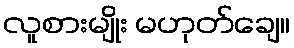
လူစားမျိုး မဟုတ်ချေ။